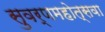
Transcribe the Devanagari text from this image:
सुवर्णमहोत्सवा